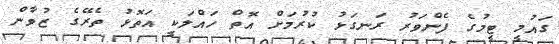
ގައުމީ ޓީމުގެ ފެންވަރު ރަނގަޅު ކުރުމަށް އޮތް ހައްލަކީ އަތޮޅު ތެރޭގެ ޒުވާން